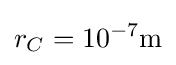
r_{C}=10^{-7}\mathrm {m}